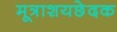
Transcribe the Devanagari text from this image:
मूत्राशयछेदक